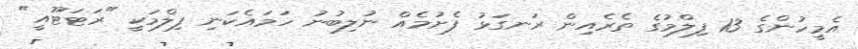
އެމީހުންގެ 13 ފިލްމުގެ ތެރެއިން ރަނގަޅު ފެށުމެއް ނުލިބުނު ހަމައެކަނި ފިލްމަކީ "ރަޓަޓޫއީ"